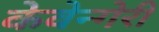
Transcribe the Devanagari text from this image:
केवेन्गेरी